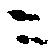
ニ